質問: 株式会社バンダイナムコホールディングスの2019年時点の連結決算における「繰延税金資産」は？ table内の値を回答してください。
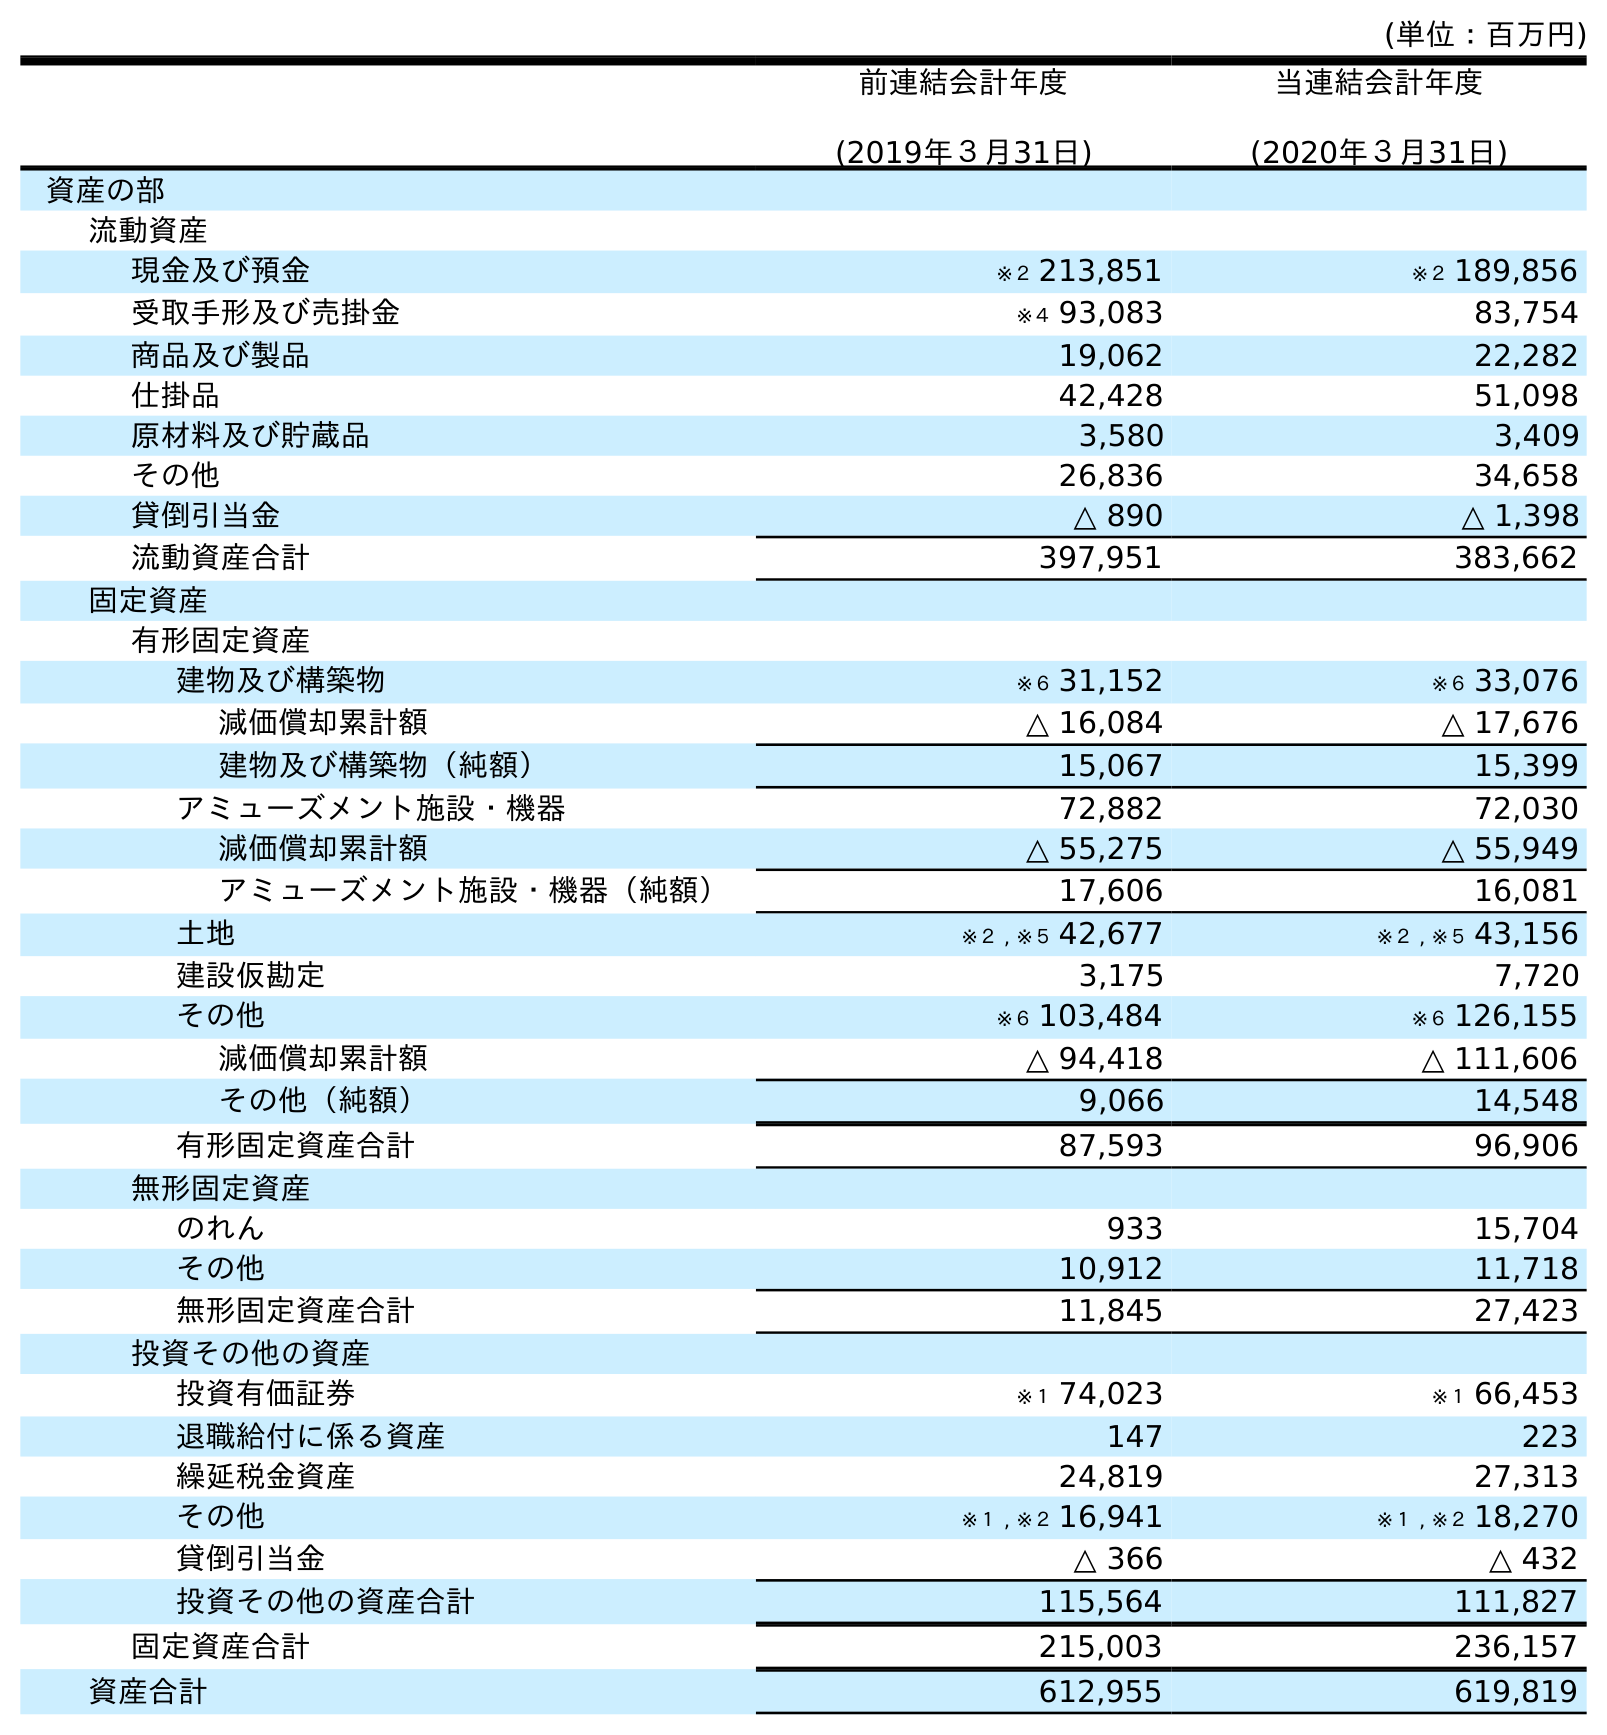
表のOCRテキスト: (単位：百万円) 前連結会計年度 (2019年３月31日) 当連結会計年度 (2020年３月31日) 資産の部 流動資産 現金及び預金 ※２ 213,851 ※２ 189,856 受取手形及び売掛金 ※４ 93,083 83,754 商品及び製品 19,062 22,282 仕掛品 42,428 51,098 原材料及び貯蔵品 3,580 3,409 その他 26,836 34,658 貸倒引当金 △ 890 △ 1,398 流動資産合計 397,951 383,662 固定資産 有形固定資産 建物及び構築物 ※６ 31,152 ※６ 33,076 減価償却累計額 △ 16,084 △ 17,676 建物及び構築物（純額） 15,067 15,399 アミューズメント施設・機器 72,882 72,030 減価償却累計額 △ 55,275 △ 55,949 アミューズメント施設・機器（純額） 17,606 16,081 土地 ※２ , ※５ 42,677 ※２ , ※５ 43,156 建設仮勘定 3,175 7,720 その他 ※６ 103,484 ※６ 126,155 減価償却累計額 △ 94,418 △ 111,606 その他（純額） 9,066 14,548 有形固定資産合計 87,593 96,906 無形固定資産 のれん 933 15,704 その他 10,912 11,718 無形固定資産合計 11,845 27,423 投資その他の資産 投資有価証券 ※１ 74,023 ※１ 66,453 退職給付に係る資産 147 223 繰延税金資産 24,819 27,313 その他 ※１ , ※２ 16,941 ※１ , ※２ 18,270 貸倒引当金 △ 366 △ 432 投資その他の資産合計 115,564 111,827 固定資産合計 215,003 236,157 資産合計 612,955 619,819
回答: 24,819